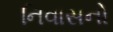
નિવાસનો